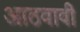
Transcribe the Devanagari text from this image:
आठवावी